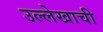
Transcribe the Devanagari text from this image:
उल्लेखाची